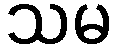
သမ